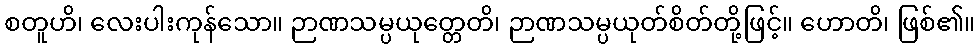
စတူဟိ၊ လေးပါးကုန်သော။ ဉာဏသမ္ပယုတ္တေတိ၊ ဉာဏသမ္ပယုတ်စိတ်တို့ဖြင့်။ ဟောတိ၊ ဖြစ်၏။